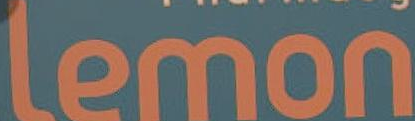
Lemon